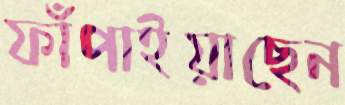
ফাঁপাইয়াছেন